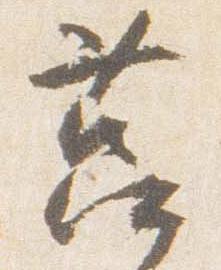
筥